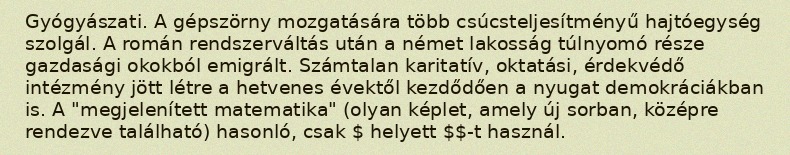
Gyógyászati. A gépszörny mozgatására több csúcsteljesítményű hajtóegység szolgál. A román rendszerváltás után a német lakosság túlnyomó része gazdasági okokból emigrált. Számtalan karitatív, oktatási, érdekvédő intézmény jött létre a hetvenes évektől kezdődően a nyugat demokráciákban is. A "megjelenített matematika" (olyan képlet, amely új sorban, középre rendezve található) hasonló, csak $ helyett $$-t használ.